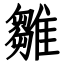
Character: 雛